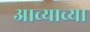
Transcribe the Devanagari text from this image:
आच्याच्या